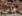
وإني